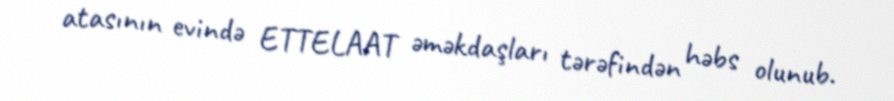
atasının evində ETTELAAT əməkdaşları tərəfindən həbs olunub.